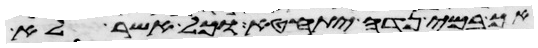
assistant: אך במי נדה יתחטא וכל אשר לא